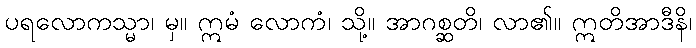
ပရလောကသ္မာ၊ မှ။ ဣမံ လောကံ၊ သို့။ အာဂစ္ဆတိ၊ လာ၏။ ဣတိအာဒီနိ၊